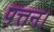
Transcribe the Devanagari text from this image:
पत्तन।